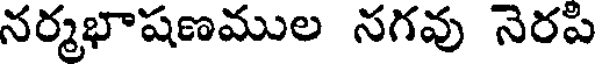
నర్మభాషణముల నగవు నెరపి